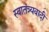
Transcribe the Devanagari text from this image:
स्वातंत्र्यवादी